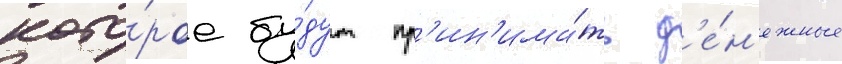
кото́рое бу́дут пр'ин'има́ть д'е́н'ежные